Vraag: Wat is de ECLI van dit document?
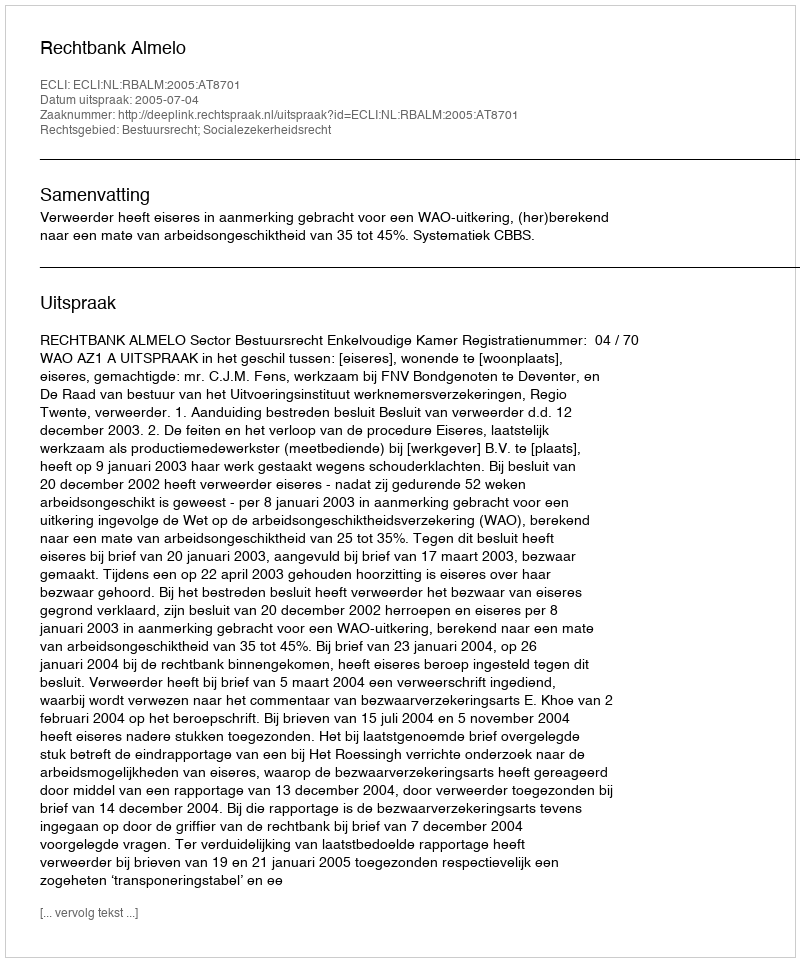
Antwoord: ECLI:NL:RBALM:2005:AT8701